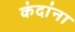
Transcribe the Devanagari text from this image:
कंदांना